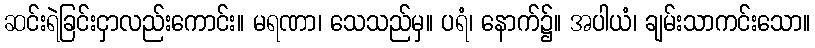
ဆင်းရဲခြင်းငှာလည်းကောင်း။ မရဏာ၊ သေသည်မှ။ ပရံ၊ နောက်၌။ အပါယံ၊ ချမ်းသာကင်းသော။